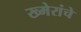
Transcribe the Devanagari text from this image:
ख्मेरांचे